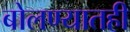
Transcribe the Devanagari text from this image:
बोलण्यातही